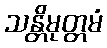
သန္တိမုတ္တမံ